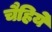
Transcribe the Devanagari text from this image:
चैहिये